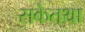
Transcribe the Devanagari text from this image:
सकेतथा